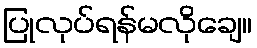
ပြုလုပ်ရန်မလိုချေ။